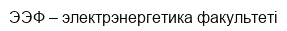
ЭЭФ – электрэнергетика факультеті